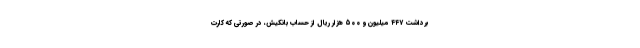
برداشت ۴۴۷ میلیون و ۵۰۰ هزار ریال از حساب بانکیش، در صورتی که کارت